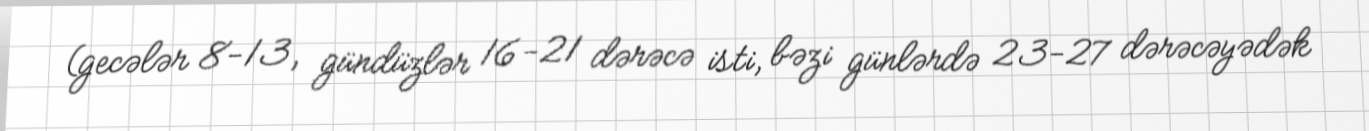
(gecələr 8-13, gündüzlər 16-21 dərəcə isti, bəzi günlərdə 23-27 dərəcəyədək